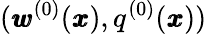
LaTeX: ({\pmb w}^{(0)}({\pmb x}),q^{(0)}({\pmb x}))